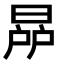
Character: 𣇯